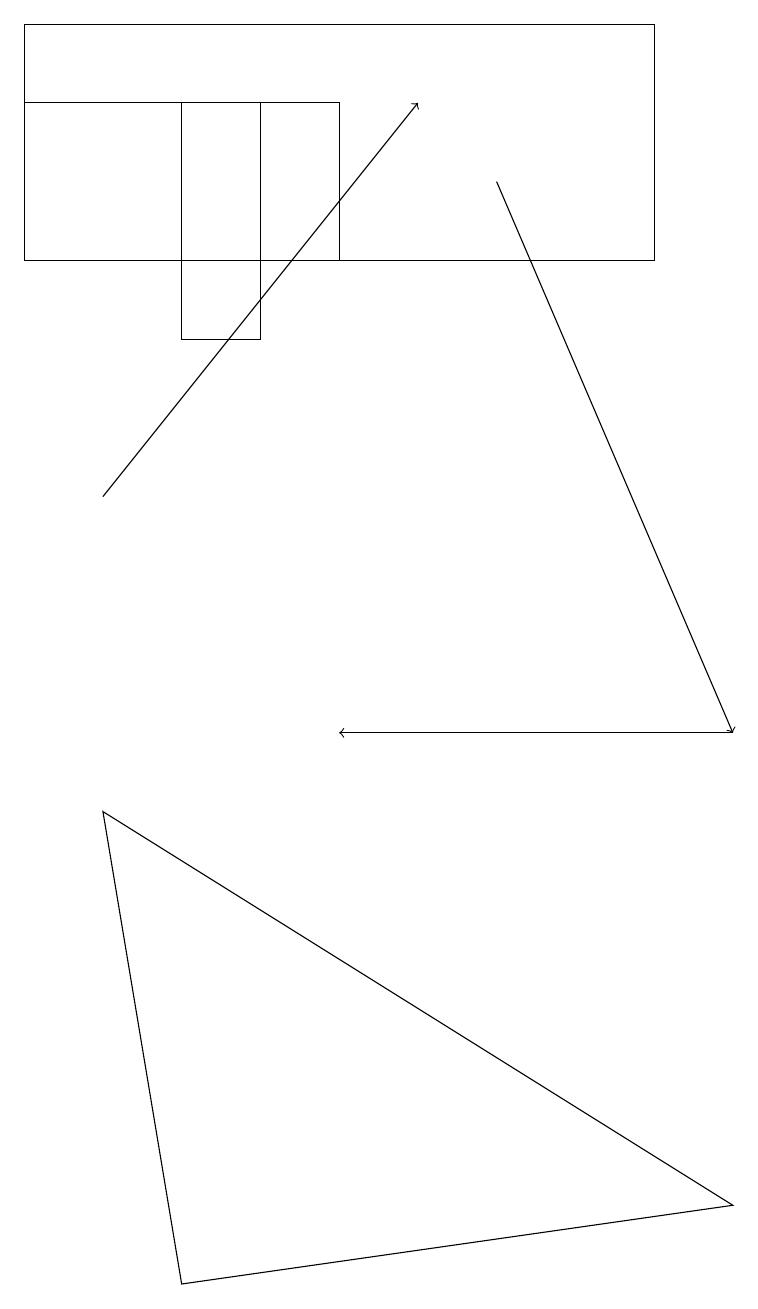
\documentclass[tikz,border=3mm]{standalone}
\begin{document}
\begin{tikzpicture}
\draw (2,18) rectangle (3,15);
\draw (1,9) -- (2,3) -- (9,4) -- cycle;
\draw (0,16) rectangle (4,18);
\draw (8,16) rectangle (0,19);
\draw[->] (6,17) -- (9,10);
\draw[->] (9,10) -- (4,10);
\draw[->] (1,13) -- (5,18);
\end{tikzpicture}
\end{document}